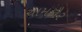
ચામકૌર